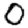
Digit: 0